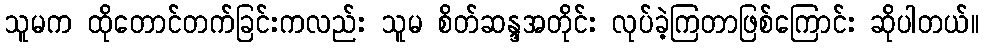
သူမက ထိုတောင်တက်ခြင်းကလည်း သူမ စိတ်ဆန္ဒအတိုင်း လုပ်ခဲ့ကြတာဖြစ်ကြောင်း ဆိုပါတယ်။